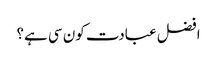
افضل عبادت کون سی ہے؟